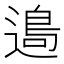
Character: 𨖂